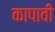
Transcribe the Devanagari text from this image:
कापावी